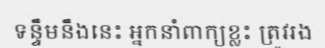
ទន្ទឹមនឹងនេះ អ្នកនាំពាក្យខ្លះ ត្រូវរង